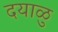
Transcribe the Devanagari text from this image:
दयाळु